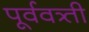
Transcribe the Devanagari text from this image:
पूर्ववत्र्ती